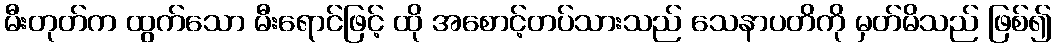
မီးတုတ်က ထွက်သော မီးရောင်ဖြင့် ထို အစောင့်တပ်သားသည် သေနာပတိကို မှတ်မိသည် ဖြစ်၍